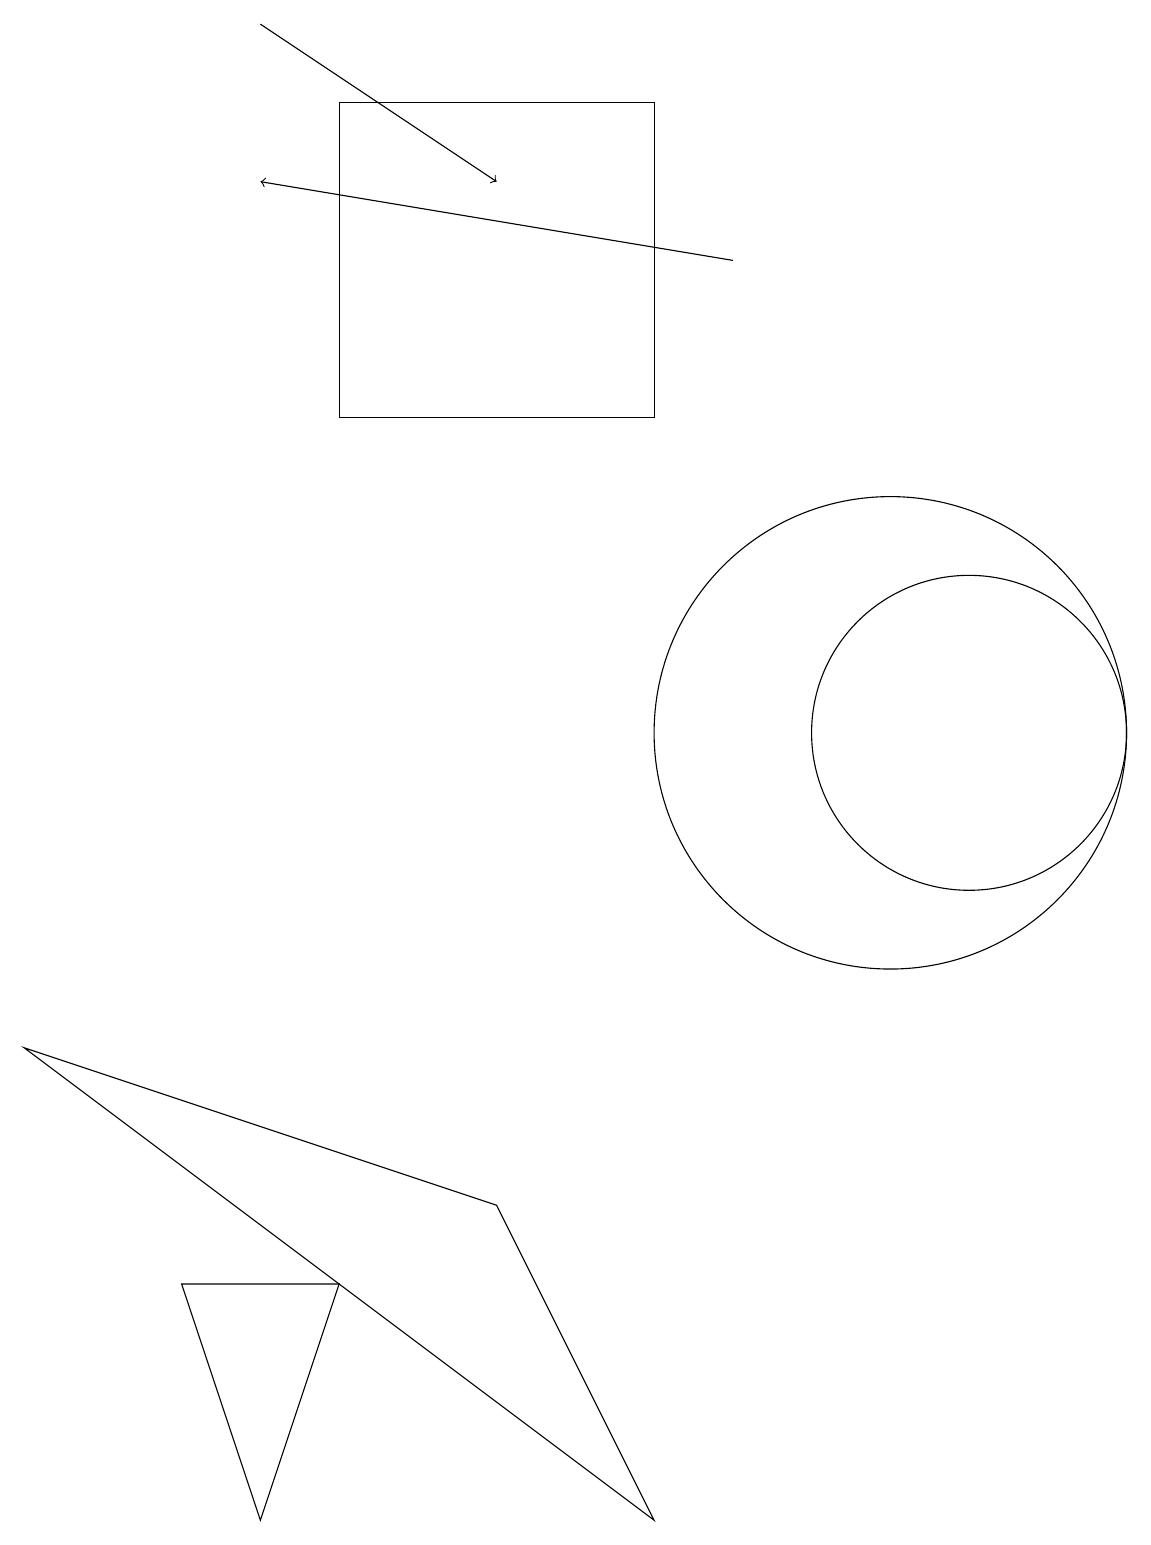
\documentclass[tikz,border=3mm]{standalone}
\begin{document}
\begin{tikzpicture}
\draw[->] (3,19) -- (6,17);
\draw (8,18) rectangle (4,14);
\draw (4,3) -- (3,0) -- (2,3) -- cycle;
\draw (12,10) circle (2);
\draw (0,6) -- (6,4) -- (8,0) -- cycle;
\draw (11,10) circle (3);
\draw[->] (9,16) -- (3,17);
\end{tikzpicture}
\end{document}